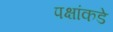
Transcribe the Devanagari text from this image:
पक्षांकडे